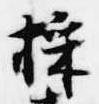
採